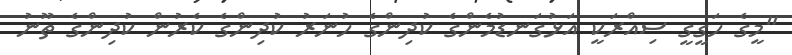
"މީގެ ހަގީގީ ސިއްރަކީ އަޅުގަނޑުމެންގެ ކުދިންގެ ހުނަރު ކުދިންގެ ކެރުން ކުދިންގެ ތޫނު